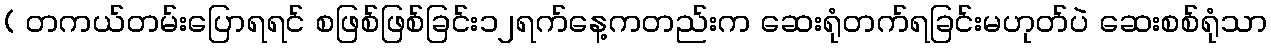
( တကယ်တမ်းပြောရရင် စဖြစ်ဖြစ်ခြင်း၁၂ရက်နေ့ကတည်းက ဆေးရုံတက်ရခြင်းမဟုတ်ပဲ ဆေးစစ်ရုံသာ